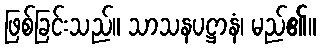
ဖြစ်ခြင်းသည်။ သာသနပဋ္ဌာနံ၊ မည်၏။